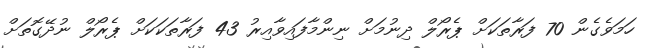
ހަމަވެގެން 70 ފަރާތަކަށް ޕެރޯލް ދިނުމަށް ނިންމާފައިވާއިރު 43 ފަރާތަކަކަށް ޕެރޯލް ނުދޭގޮތަށް